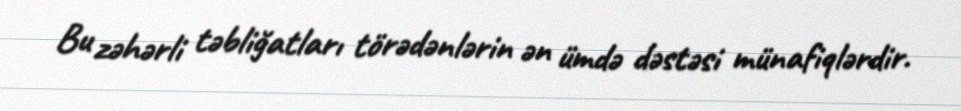
Bu zəhərli təbliğatları törədənlərin ən ümdə dəstəsi münafiqlərdir.